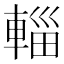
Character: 輜